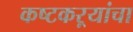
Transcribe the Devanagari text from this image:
कष्टकऱ्यांचा